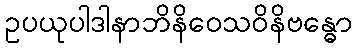
ဥပယုပါဒါနာဘိနိဝေသဝိနိဗန္ဓော